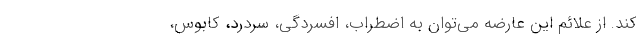
کند. از علائم این عارضه می‌توان به اضطراب، افسردگی، سردرد، کابوس،